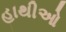
હાથીઓ